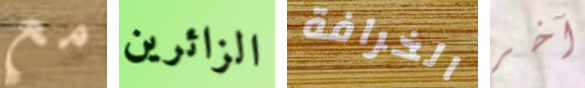
مع الزائرين الخرافة آخر